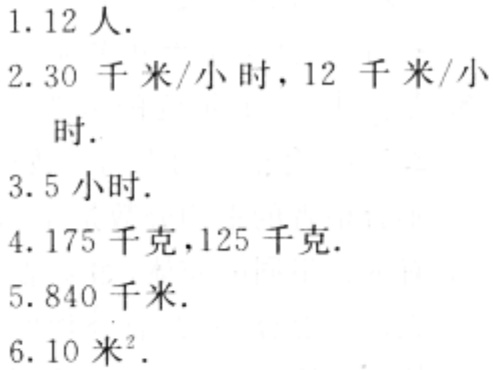
1. \(12\)人.

2. \(30\)千米/小时，\(12\)千米/小时.

3. \(5\)小时.

4. \(175\)千克，\(125\)千克.

5. \(840\)千米.

6. \(10\)米\(^{2}\).